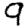
Digit: 9